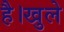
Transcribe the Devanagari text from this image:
है।खुले